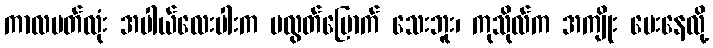
ကာလပတ်လုံး အပါယ်လေးပါးက မလွတ်မြောက် သေးဘူး၊ ကုသိုလ်က အကျိုး ပေးနေလို့